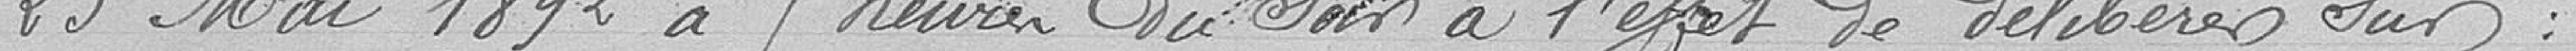
23 mai 1892 à 5 heures du soir à l'effet de délibérer sur :